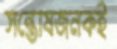
সন্তোষজনকই